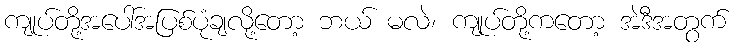
ကျုပ်တို့အပေါ်အပြစ်ပုံချလို့တော့ ဘယ် မလဲ၊ ကျုပ်တို့ကတော့ အဲဒီအတွက်